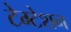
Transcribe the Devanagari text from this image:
टेम्टेशन